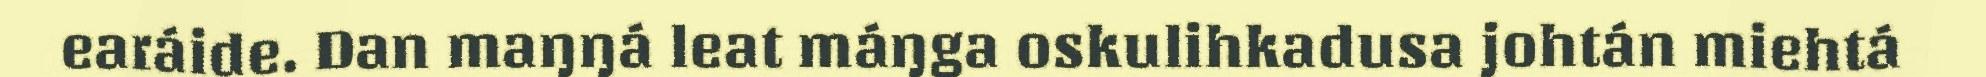
earáide. Dan maŋŋá leat máŋga oskulihkadusa johtán miehtá